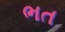
ભત